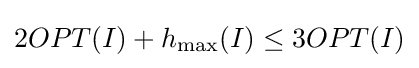
2OPT(I)+h_{\max }(I)\leq 3OPT(I)